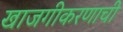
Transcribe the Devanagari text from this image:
खाजगीकरणाची